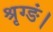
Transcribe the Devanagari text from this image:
श्रृग्ङं।